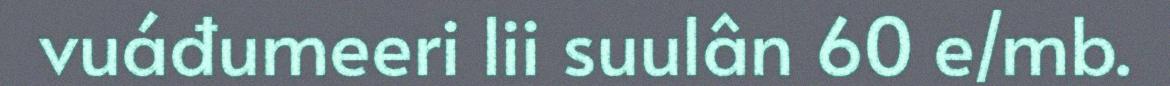
vuáđumeeri lii suulân 60 e/mb.